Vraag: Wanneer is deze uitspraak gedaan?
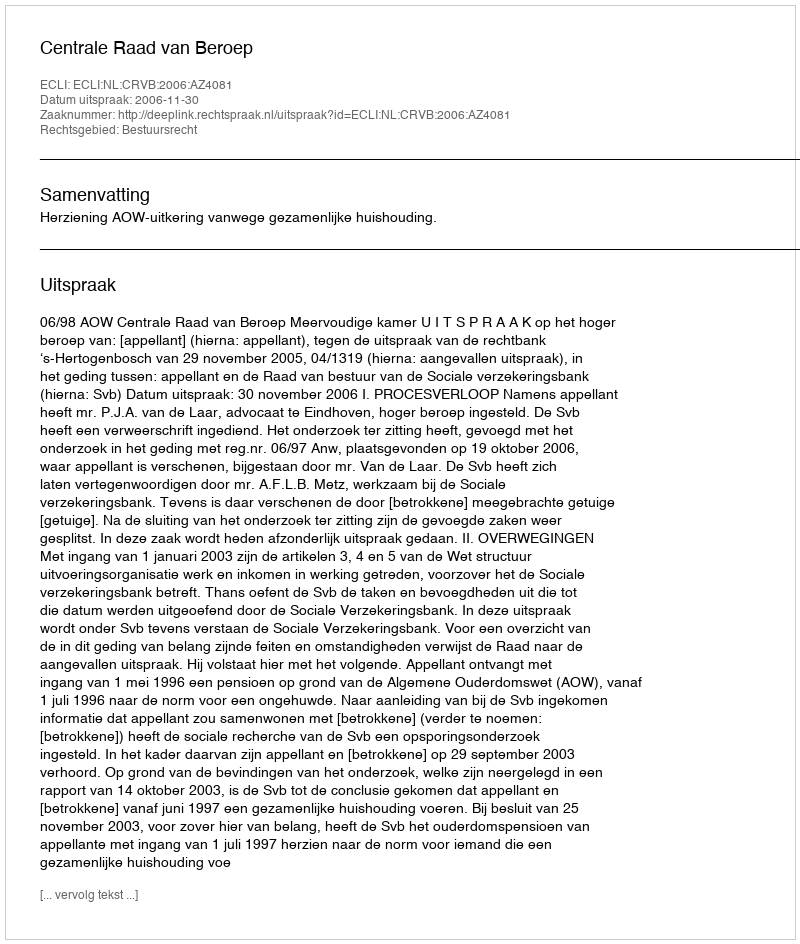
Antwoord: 2006-11-30